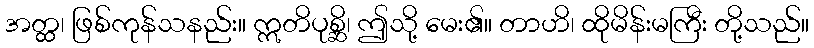
အတ္ထ၊ ဖြစ်ကုန်သနည်း။ ဣတိပုစ္ဆိ၊ ဤသို့ မေး၏။ တာဟိ၊ ထိုမိန်းမကြီး တို့သည်။